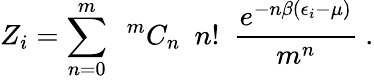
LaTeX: Z_{i}=\sum_{n=0}^{m}\ \ {}^{m}C_{n}\ \ n!\ \ \frac{e^{-n\beta(\epsilon_{i}-\mu)}}{m^{n}}\ .